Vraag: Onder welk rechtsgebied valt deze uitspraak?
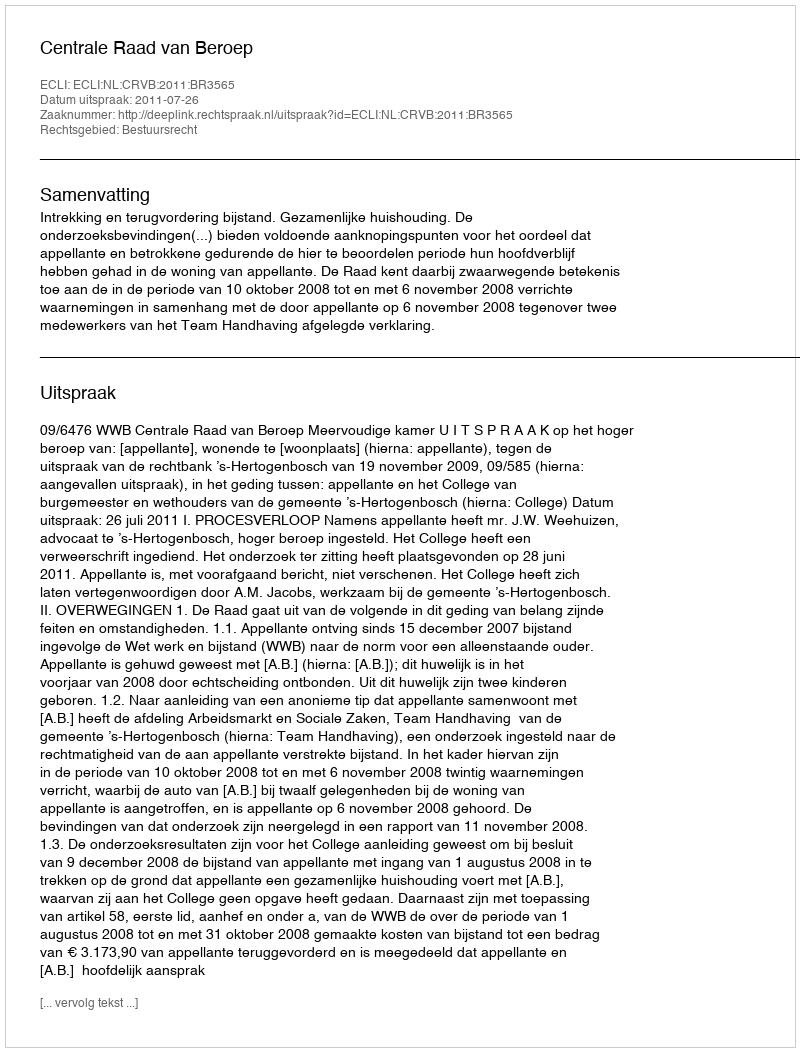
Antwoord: Bestuursrecht